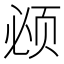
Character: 𬱚